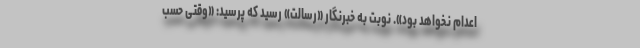
اعدام نخواهد بود». نوبت به خبرنگار «رسالت» رسید که پرسید: «‌وقتی حسب